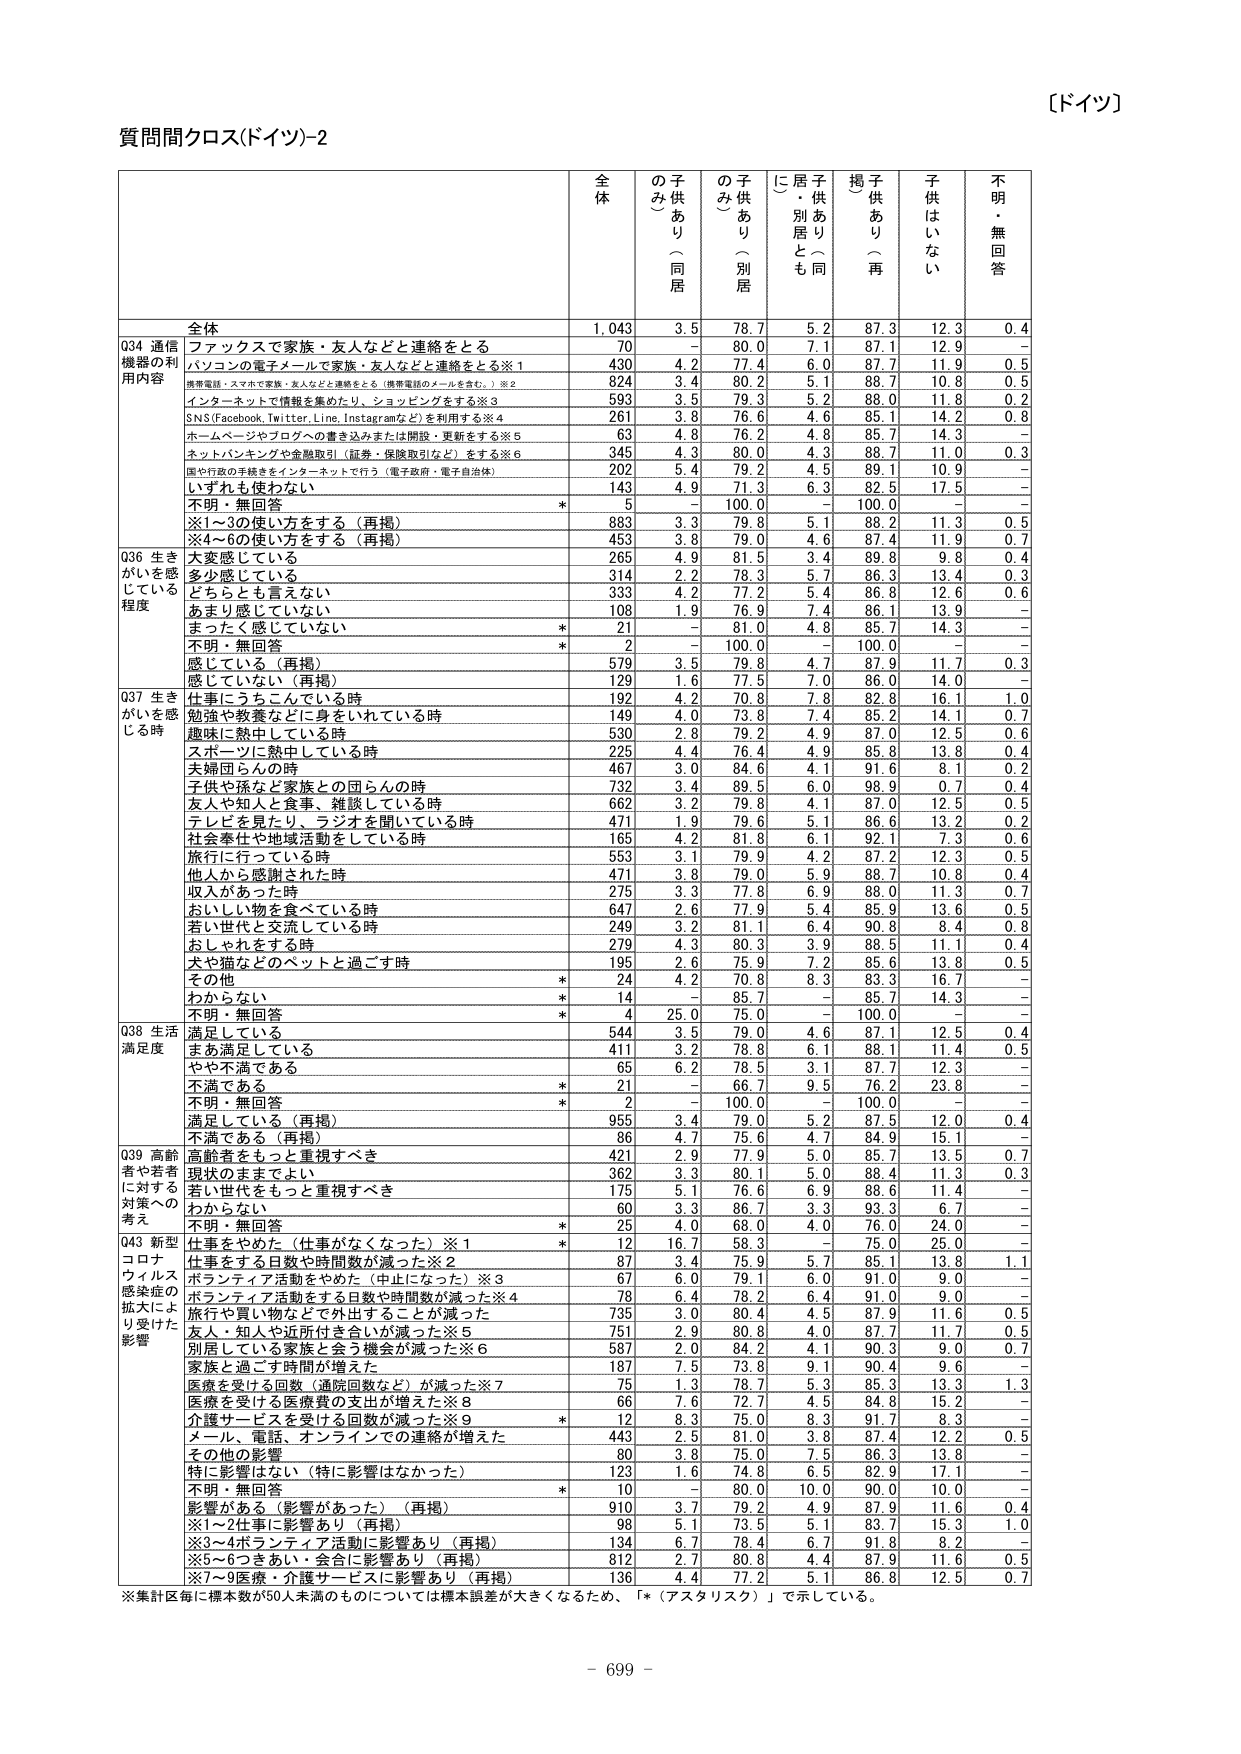
【ドイツ】

質問間クロス(ドイツ)-2

全体 の子供あり（同居） の子供あり（別居） に居子・供あり（同居） 挙子供あり（再） 子供はいない 不明・無回答

全体 1,043 3.5 78.7 5.2 87.3 12.3 0.4

Q34 通信機器の利用内容
ファックスで家族・友人などと連絡をとる 70 - 80.0 7.1 87.1 12.9 -
パソコンの電子メールで家族・友人などと連絡をとる※1 430 4.2 77.4 6.0 87.7 11.9 0.5
携帯電話・スマホで家族・友人などと連絡をとる（携帯電話のメールを含む。）※2 824 3.4 80.2 5.1 88.7 10.8 0.5
インターネットで情報を集めたり、ショッピングをする※3 593 3.5 79.3 5.2 88.0 11.8 0.2
SNS(Facebook,Twitter,Line,Instagramなど)を利用する※4 261 3.8 76.6 4.6 85.1 14.2 0.8
ホームページやブログへの書き込みまたは開設・更新をする※5 63 4.8 76.2 4.8 85.7 14.3 -
ネットバンキングや金融取引（証券・保険取引など）をする※6 345 4.3 80.0 4.3 88.7 11.0 0.3
国や行政の手続きをインターネットで行う（電子政府・電子自治体） 202 5.4 79.2 4.5 89.1 10.9 -
いずれも使わない 143 4.9 71.3 6.3 82.5 17.5 -
不明・無回答 * 5 - 100.0 - 100.0 - -
※1～3の使い方をする（再掲） 883 3.3 79.8 5.1 88.2 11.3 0.5
※4～6の使い方をする（再掲） 453 3.8 79.0 4.6 87.4 11.9 0.7

Q36 生きがいを感じている程度
大変感じている 265 4.9 81.5 3.4 89.8 9.8 0.4
多少感じている 314 2.2 78.3 5.7 86.3 13.4 0.3
どちらとも言えない 333 4.2 77.2 5.4 86.8 12.6 0.6
あまり感じていない 108 1.9 76.9 7.4 86.1 13.9 -
まったく感じていない * 21 - 81.0 4.8 85.7 14.3 -
不明・無回答 * 2 - 100.0 - 100.0 - -
感じている（再掲） 579 3.5 79.8 4.7 87.9 11.7 0.3
感じていない（再掲） 129 1.6 77.5 7.0 86.0 14.0 -

Q37 生きがいを感じる時
仕事にうちこんでいる時 192 4.2 70.8 7.8 82.8 16.1 1.0
勉強や教養などに身をいれている時 149 4.0 73.8 7.4 85.2 14.1 0.7
趣味に熱中している時 530 2.8 79.2 4.9 87.0 12.5 0.6
スポーツに熱中している時 225 4.4 76.4 4.9 85.8 13.8 0.4
夫婦同らんの時 467 3.0 84.6 4.1 91.6 8.1 0.2
子供や孫など家族との団らんの時 732 3.4 89.5 6.0 98.9 0.7 0.4
友人や知人と食事、雑談している時 662 3.2 79.8 4.1 87.0 12.5 0.5
テレビを見たり、ラジオを聞いている時 471 1.9 79.6 5.1 86.6 13.2 0.2
社会奉仕や地域活動をしている時 165 4.2 81.8 6.1 92.1 7.3 0.6
旅行に行っている時 553 3.1 79.9 4.2 87.2 12.3 0.5
他人から感謝された時 471 3.8 79.0 5.9 88.7 10.8 0.4
収入があった時 275 3.3 77.8 6.9 88.0 11.3 0.7
おいしい物を食べている時 647 2.6 77.9 5.4 85.9 13.6 0.5
若い世代と交流している時 249 3.2 81.1 6.4 90.8 8.4 0.8
おしゃれをする時 279 4.3 80.3 3.9 88.5 11.1 0.4
犬や猫などのペットと過ごす時 195 2.6 75.9 7.2 85.6 13.8 0.5
その他 * 24 4.2 70.8 8.3 83.3 16.7 -
わからない * 14 - 85.7 - 85.7 14.3 -
不明・無回答 * 4 25.0 75.0 - 100.0 - -

Q38 生活満足度
満足している 544 3.5 79.0 4.6 87.1 12.5 0.4
まあ満足している 411 3.2 78.8 6.1 88.1 11.4 0.5
やや不満である 65 6.2 78.5 3.1 87.7 12.3 -
不満である * 21 - 66.7 9.5 76.2 23.8 -
不明・無回答 * 2 - 100.0 - 100.0 - -
満足している（再掲） 955 3.4 79.0 5.2 87.5 12.0 0.4
不満である（再掲） 86 4.7 75.6 4.7 84.9 15.1 -

Q39 高齢者や若者に対する対策への考え
高齢者をもっと重視すべき 421 2.9 77.9 5.0 85.7 13.5 0.7
現状のままでよい 362 3.3 80.1 5.0 88.4 11.3 0.3
若い世代をもっと重視すべき 175 5.1 76.6 6.9 88.6 11.4 -
わからない 60 3.3 86.7 3.3 93.3 6.7 -
不明・無回答 * 25 4.0 68.0 4.0 76.0 24.0 -

Q43 新型コロナウイルス感染症の拡大により受けた影響
仕事をやめた（仕事がなくなった）※1 * 12 16.7 58.3 - 75.0 25.0 -
仕事をする日数や時間が減った※2 87 3.4 75.9 5.7 85.1 13.8 1.1
ボランティア活動をやめた（中止になった）※3 67 6.0 79.1 6.0 91.0 9.0 -
ボランティア活動をする日数や時間が減った※4 78 6.4 78.2 6.4 91.0 9.0 -
旅行や買い物などで外出することが減った 735 3.0 80.4 4.5 87.9 11.6 0.5
友人・知人や近所付き合いが減った※5 751 2.9 80.8 4.0 87.7 11.7 0.5
別居している家族と会う機会が減った※6 587 2.0 84.2 4.1 90.3 9.0 0.7
家族と過ごす時間が増えた 187 7.5 73.8 9.1 90.4 9.6 -
医療を受けた回数（通院回数など）が減った※7 75 1.3 78.7 5.3 85.3 13.3 1.3
医療を受ける医療費の支出が増えた※8 66 7.6 72.7 4.5 84.8 15.2 -
介護サービスを受けた回数が減った※9 * 12 8.3 75.0 8.3 91.7 8.3 -
メール、電話、オンラインでの連絡が増えた 443 2.5 81.0 3.8 87.4 12.2 0.5
その他の影響 80 3.8 75.0 7.5 86.3 13.8 -
特に影響はない（特に影響はなかった） 123 1.6 74.8 6.5 82.9 17.1 -
不明・無回答 * 10 - 80.0 10.0 90.0 10.0 -
影響がある（影響があった）（再掲） 910 3.7 79.2 4.9 87.9 11.6 0.4
※1～2仕事に影響あり（再掲） 98 5.1 73.5 5.1 83.7 15.3 1.0
※3～4ボランティア活動に影響あり（再掲） 134 6.7 78.4 6.7 91.8 8.2 -
※5～6つきあい・会合に影響あり（再掲） 812 2.7 80.8 4.4 87.9 11.6 0.5
※7～9医療・介護サービスに影響あり（再掲） 136 4.4 77.2 5.1 86.8 12.5 0.7

※集計区毎に標本数が50人未満のものについては標本誤差が大きくなるため、「*（アスタリスク）」で示している。

- 699 -